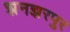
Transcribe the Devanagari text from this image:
झनझरपुर